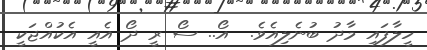
ހީލާފައި މާދު ބުނެލިއެވެ.  އޯ.. ސޯ ރީ ދޯ އެއީ އެކުއްޖަކީ